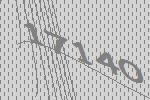
17140